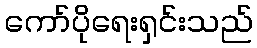
ကော်ပိုရေးရှင်းသည်